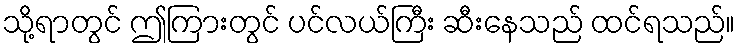
သို့ရာတွင် ဤကြားတွင် ပင်လယ်ကြီး ဆီးနေသည် ထင်ရသည်။